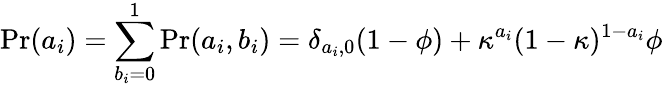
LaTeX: \mathrm{Pr}(a_{i})=\sum_{b_{i}=0}^{1}\mathrm{Pr}(a_{i},b_{i})=\delta_{a_{i},0}(1-\phi)+\kappa^{a_{i}}(1-\kappa)^{1-a_{i}}\phi